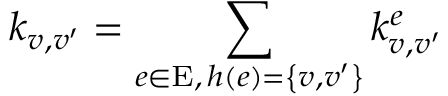
k _ { v , v ^ { \prime } } = \sum _ { \substack { e \in \mathrm { E } , \, h \left( e \right) = \left\{ v , v ^ { \prime } \right\} } } k _ { v , v ^ { \prime } } ^ { e }